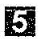
5